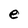
Character: e